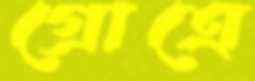
গ্রোত্রে